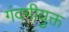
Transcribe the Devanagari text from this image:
गंदगीयुक्त